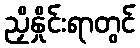
ညှိနှိုင်းရာတွင်